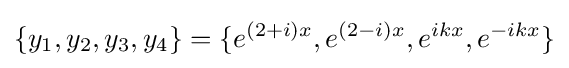
\{y_{1},y_{2},y_{3},y_{4}\}=\{e^{(2+i)x},e^{(2-i)x},e^{ikx},e^{-ikx}\}